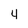
Character: 4